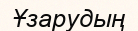
Ұзарудың